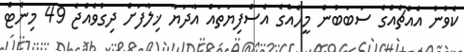
ކެވުނު އެއްޗެއްގެ ސަބަބުން މީހެއްގެ އެސްފިޔަތައް އާދަޔާ ޚިލާފަށް ދިގުވެއްޖެ 49 މިނެޓް